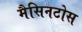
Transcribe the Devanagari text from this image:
मैसिनटोस